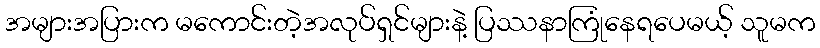
အများအပြားက မကောင်းတဲ့အလုပ်ရှင်များနဲ့ ပြဿနာကြုံနေရပေမယ့် သူမက